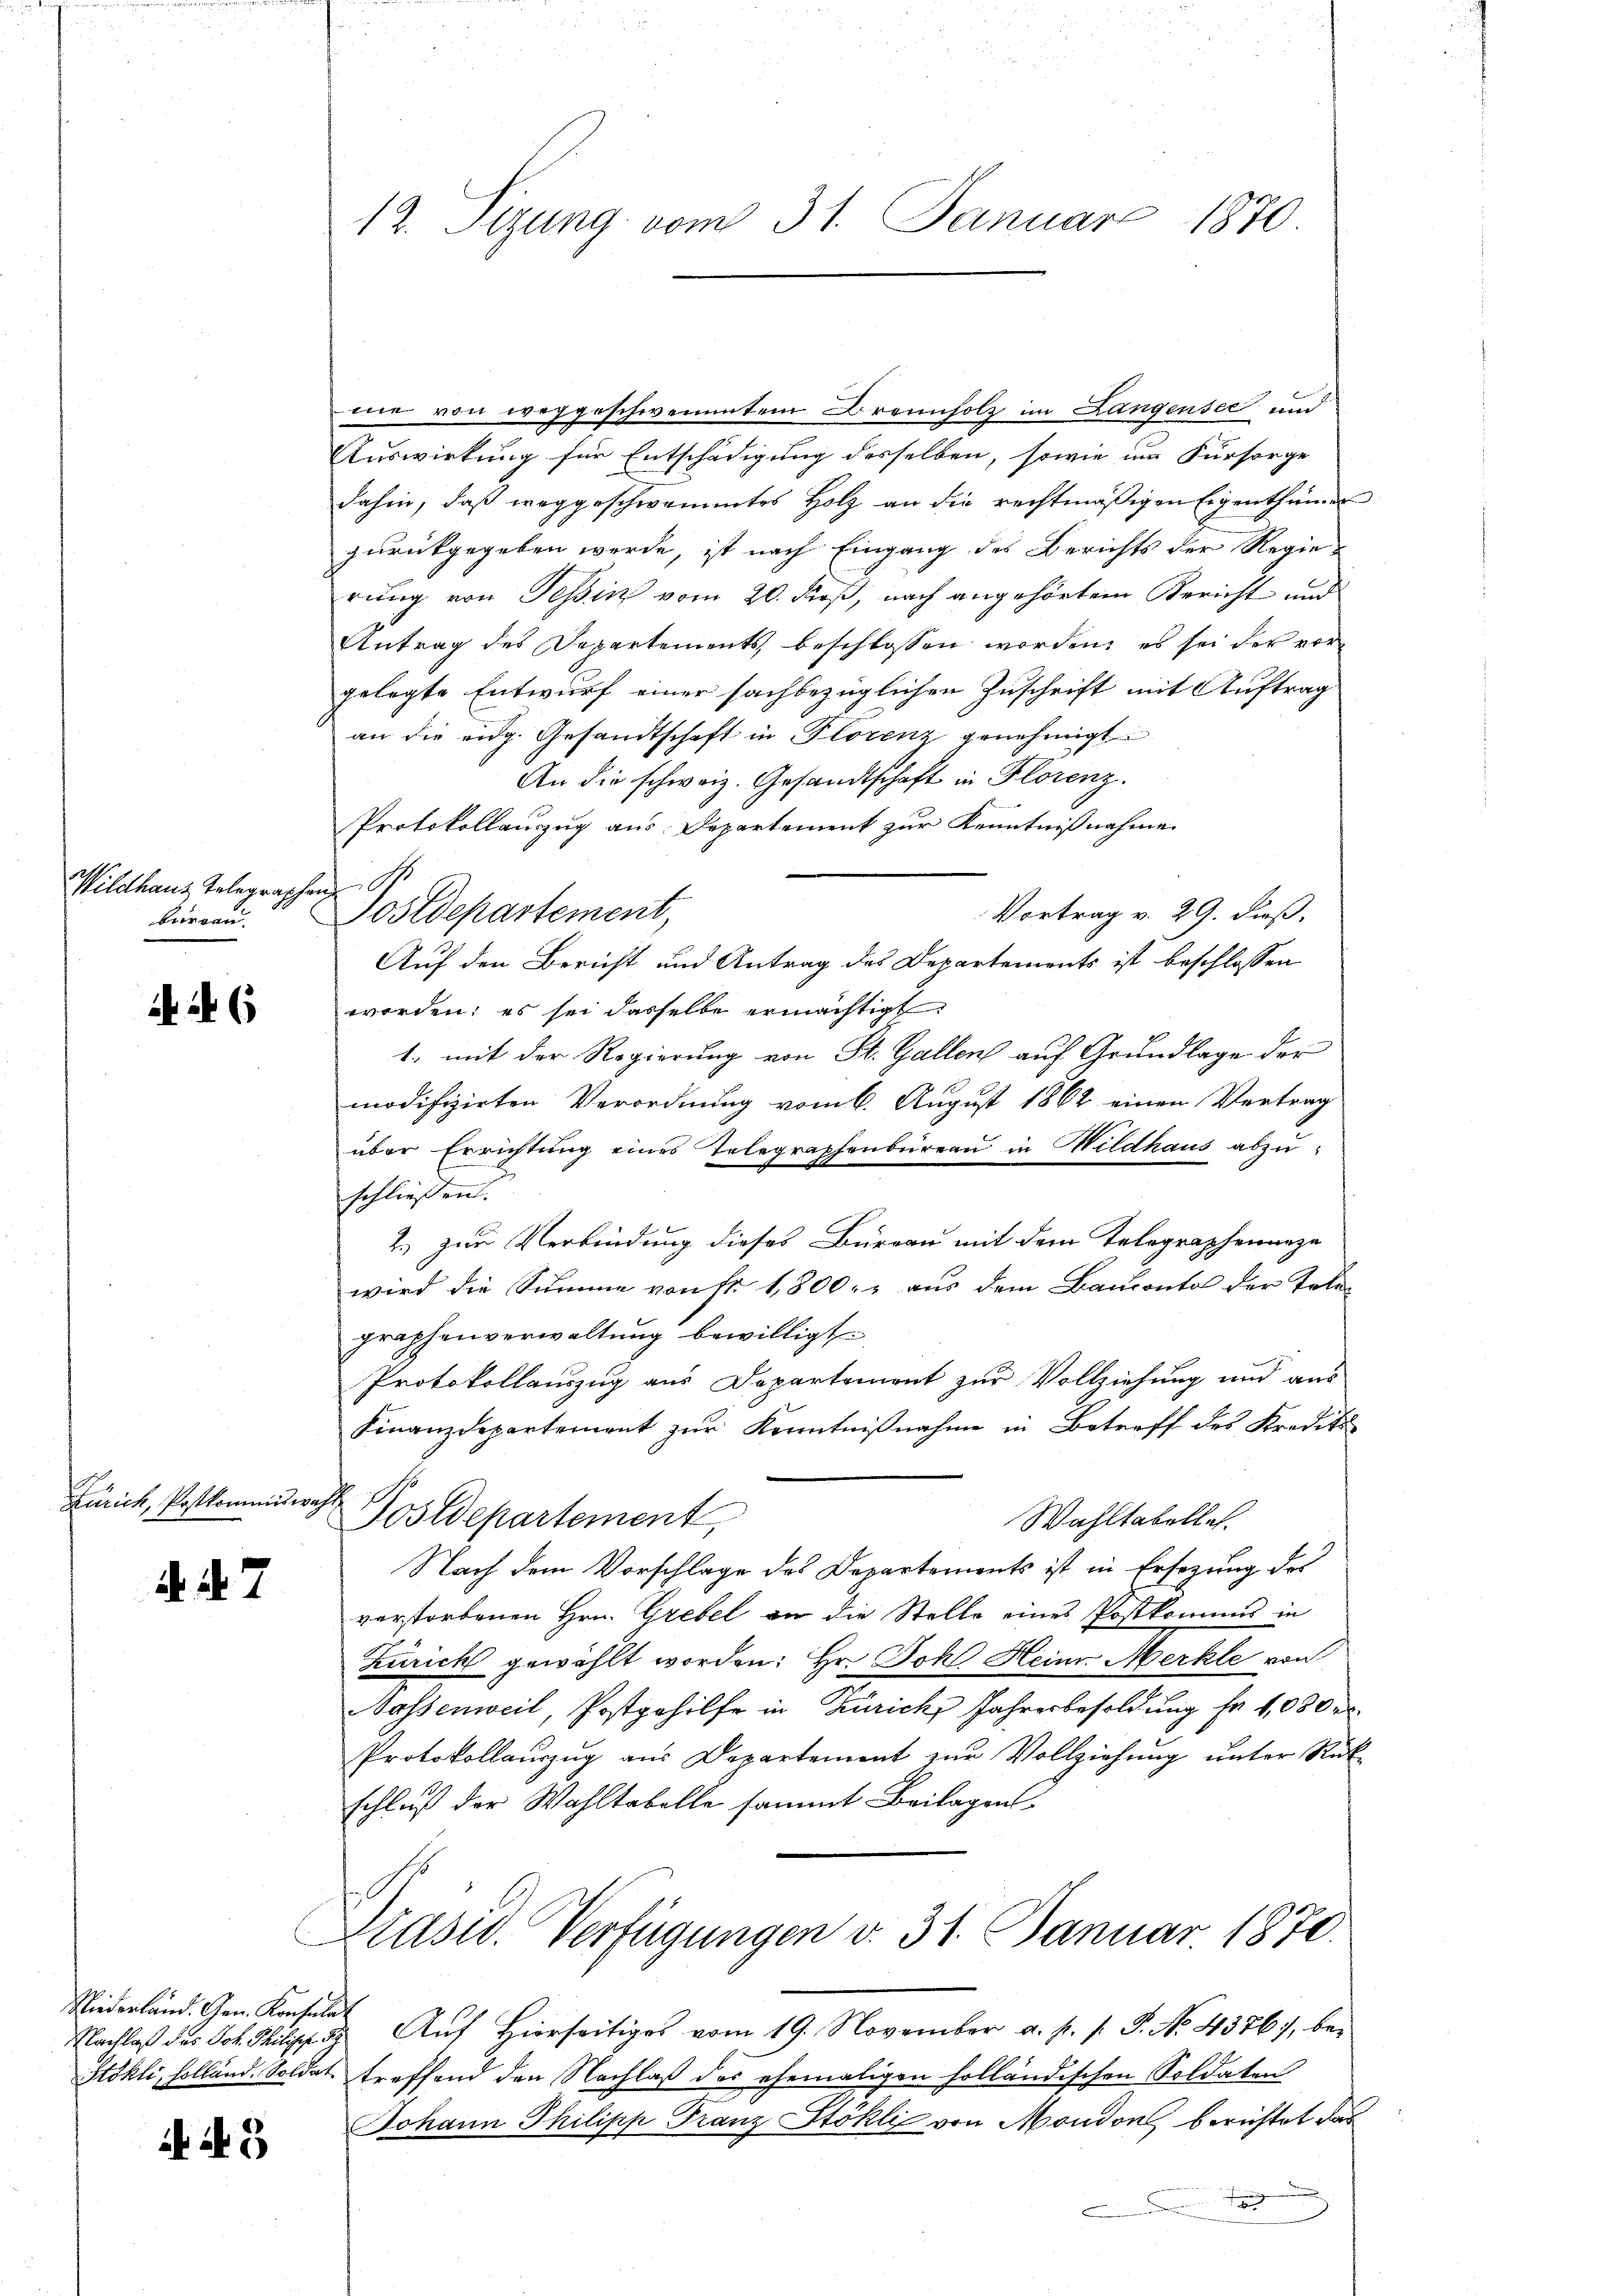
Wildhaus Telegraphen S
burgau.

446

Zürich, Postkommiswahl

N. N. 7

me von weggeschwemmtem Brennholz im Langensee und
Auswirkung für Entschädigung desselben, sowie im Fürsorge
dahin, daß weggeschwemmtes Holz an die rechtmäßigen Eigenthümer
zurückgegeben werde, ist nach Eingang des Berichts der Regie-
rung von Teßin vom 20. dieß, nach angehörtem Bericht und
Antrag des Departements beschlossen worden, es sei der vor-
gelegte Entwurf einer sachbezüglichen Zuschrift mit Auftrag
an die eidg. Gesandtschaft in Florenz genehmigt.
An die schweiz. Gesandtschaft in Florenz.
Protokollauzug aus Departement zur Kenntnißnahme
Vortrag v. 29. dieß,
Postdepartement,
Auf den Bericht und Antrag des Departements ist beschlossen
worden; es sei dasselbe ermächtigt
1., mit der Regierung von St. Gallen auf Grundlage der
modifizirten Verordnung vom 6. August 1862 einen Vertrag
über Errichtung eines Telegraphenbureau in Wildhaus abzuschliessen.
2.) zur Verbindung dieses Bureau mit dem Telegraphenanze
wird die Summe von fr. 1,800. aus dem Banconto der Telegraphenverwaltung bewilligt.
Protokollauszug aus Departement zur Vollziehung und aus
Finanzdepartement zur Kenntnißnahme in Betreff des Kredit
Postdepartement,
Wahltabella.
Nach dem Vorschlage des Departements ist in Ersezung des
verstorbenen Hrn. Grebel an die Stelle eines Postkommis in
Züricht gewählt worden: Hr. Johl Heim Merkte von
Nassenweil, Postgehilfe in Zürich, Jahresbesoldung fr. 1080 e
Protokollauszug aus Departement zur Vollziehung unter Rükschluß der Wahltabelle sammt Beilagen.
Präsid. Verfügungen v. 31. Januar 1870.
Nachlaβ des Joh. Milipp 5. Aŭf Hierseitiges vom 19. November a. p. s. J. No. 4376), bei
Stokli, Holländ. Soldat treffend den Nachlaß des ehemaligen holländischen Soldaten
Johann Philipp Franz Stökli von Mondon, berichtet das
t

Niederland. Gen. Konsula

3

12. Sizung vom 31. Januar 1870